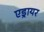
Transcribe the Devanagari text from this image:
एड्रायर